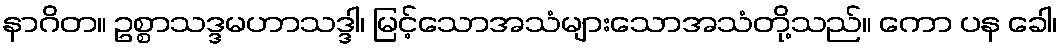
နာဂိတ။ ဥစ္စာသဒ္ဒမဟာသဒ္ဒါ၊ မြင့်သောအသံများသောအသံတို့သည်။ ကော ပန ခေါ၊